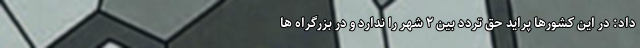
داد: در این کشورها پراید حق تردد بین ۲ شهر را ندارد و در بزرگراه ها